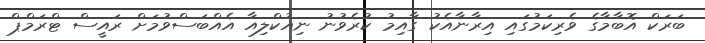
ބަރަކް އޮބާމާގެ ވެރިކަމުގައި އިރާނާއެކު ގާއިމު ކުރެވުނު ނިއުކްލިއާ އެއްބަސްވުމަށް ރައީސް ޓްރަމްޕް